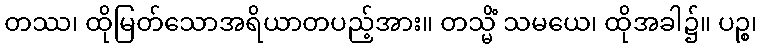
တဿ၊ ထိုမြတ်သောအရိယာတပည့်အား။ တသ္မိံ သမယေ၊ ထိုအခါ၌။ ပဉ္စ၊